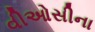
વીઓસીના